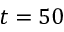
t = 5 0